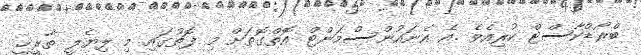
ބްރޯޑްކާސްޓް ކުރިއެވެ .އެ އެނައުންސްމަންޓް އޮތްގޮތަށް މި ފޮތުގައި މި ލިޔެލީ ތާރީޚީ